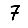
Digit: 7